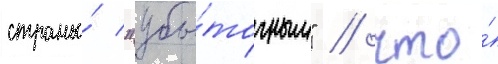
страны́ "убы́точным" / что́